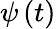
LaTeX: \psi\left(t\right)